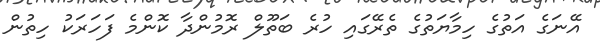
އޭނަގެ އަތުގެ ހިމާޔަތުގެ ތެރޭގައި ހުރެ ބަތޫލް ރޮމުންދާ ކޮންމެ ފަހަރަކު ހިތުން